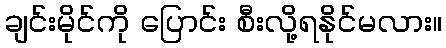
ချင်းမိုင်ကို ပြောင်း စီးလို့ရနိုင်မလား။